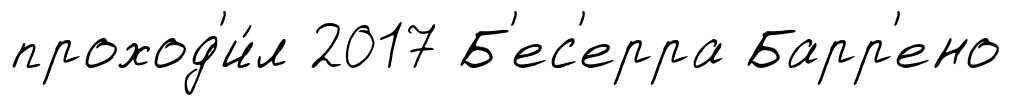
проход'и́л 2017 Б'ес'ерра Барр'ено